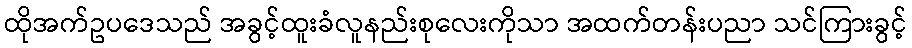
ထိုအက်ဥပဒေသည် အခွင့်ထူးခံလူနည်းစုလေးကိုသာ အထက်တန်းပညာ သင်ကြားခွင့်